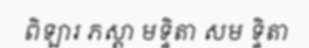
ពិឡារ ភស្តា មទ្ទិតា សម ទ្ទិតា